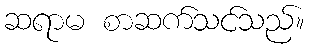
ဆရာမ စာဆက်သင်သည်။